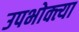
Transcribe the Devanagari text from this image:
उपभोक्त्या